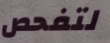
لتفحص